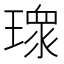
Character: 𭹻